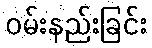
ဝမ်းနည်းခြင်း